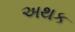
અથક